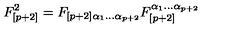
F _ { [ p + 2 ] } ^ { 2 } = F _ { \left[ p + 2 \right] \alpha _ { 1 } \dots \alpha _ { p + 2 } } F _ { [ p + 2 ] } ^ { \alpha _ { 1 } \dots \alpha _ { p + 2 } }